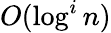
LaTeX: O(\log^{i}n)